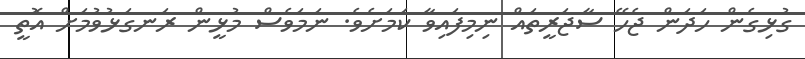
ގުޅިގެން ހަދަން ޖެހޭ ސާޖަރީތައް ނިމިފައިވާ ކަމަށެވެ. ނަމަވެސް މުޅީން ރަނގަޅުވުމަށް އޮތީ